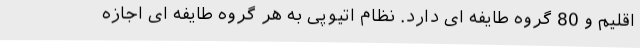
اقلیم و 80 گروه طایفه ای دارد. نظام اتیوپی به هر گروه طایفه ای اجازه